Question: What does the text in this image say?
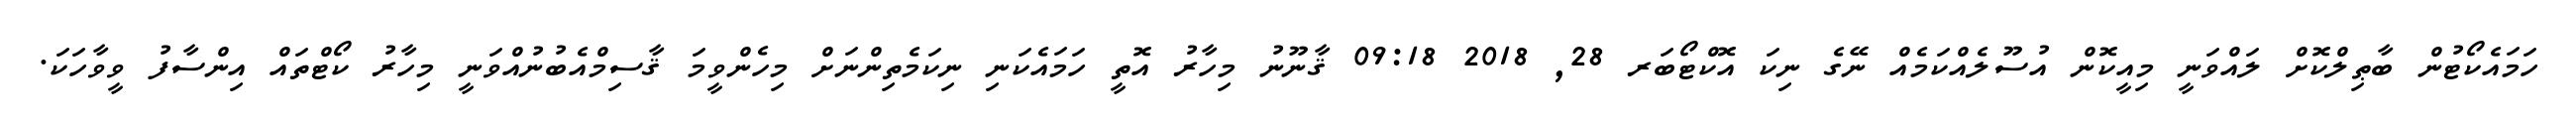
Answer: ހަމައެކޯޓުން ބާޠިލްކޮށް ލައްވަނީ މިއީކޮން އުސޫލެއްކަމެއް ނޭގެ ނިކަ އޮކްޓޯބަރ 28, 2018 09:18 ޤާނޫނު މިހާރު އޮތީ ހަމައެކަނި ނިކަމެތިންނަށް މިހެންވީމަ ޤާސިމްއެބުނުއްވަނީ މިހާރު ކޯޓްތައް އިންސާފު ވީވާހަކަ.